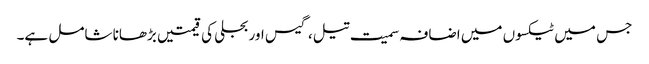
جس میں ٹیکسوں میں اضافہ سمیت تیل، گیس اور بجلی کی قیمتیں بڑھانا شامل ہے۔